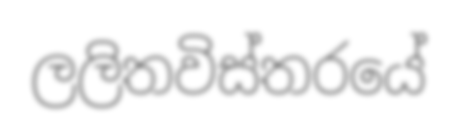
ලලිතවිස්තරයේ